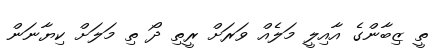
ތީ ޒިބާންގެ އާއިލީ މަލެއް ވަރަށް ރީތި ދޯ ތި މަލަށް ކިޔާނަން